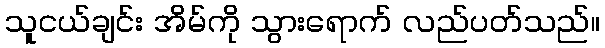
သူငယ်ချင်း အိမ်ကို သွားရောက် လည်ပတ်သည်။